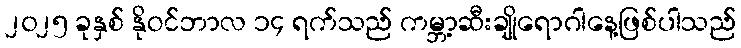
၂၀၂၅ ခုနှစ် နိုဝင်ဘာလ ၁၄ ရက်သည် ကမ္ဘာ့ဆီးချိုရောဂါနေ့ဖြစ်ပါသည်